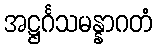
အဋ္ဌင်္ဂသမန္နာဂတံ